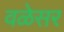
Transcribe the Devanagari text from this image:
वळेसर